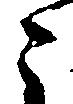
ニ